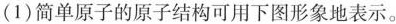
(1)简单原子的原子结构可用下图形象地表示。